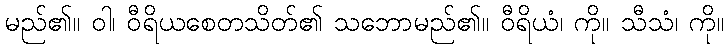
မည်၏။ ဝါ၊ ဝီရိယစေတသိတ်၏ သဘောမည်၏။ ဝီရိယံ၊ ကို။ သီသံ၊ ကို။